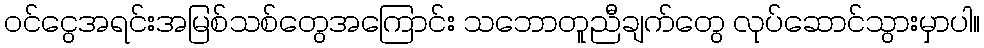
ဝင်ငွေအရင်းအမြစ်သစ်တွေအကြောင်း သဘောတူညီချက်တွေ လုပ်ဆောင်သွားမှာပါ။